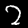
Digit: 2